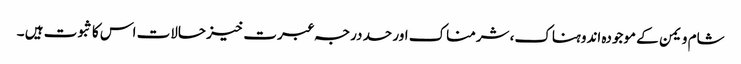
شام و یمن کے موجودہ اندوہناک، شرمناک اور حد درجہ عبرت خیز حالات اس کا ثبوت ہیں ۔